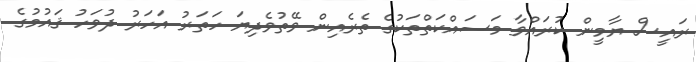
ރައީސް ޔާމީން ކުރައްވާ މަސައްކަތްތަކުގެ ތެރެއިން ވޭތުވެދިޔަ ހަތަރު އަހަރު ދުވަހު ޤައުމުގެ